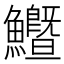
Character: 𩽙